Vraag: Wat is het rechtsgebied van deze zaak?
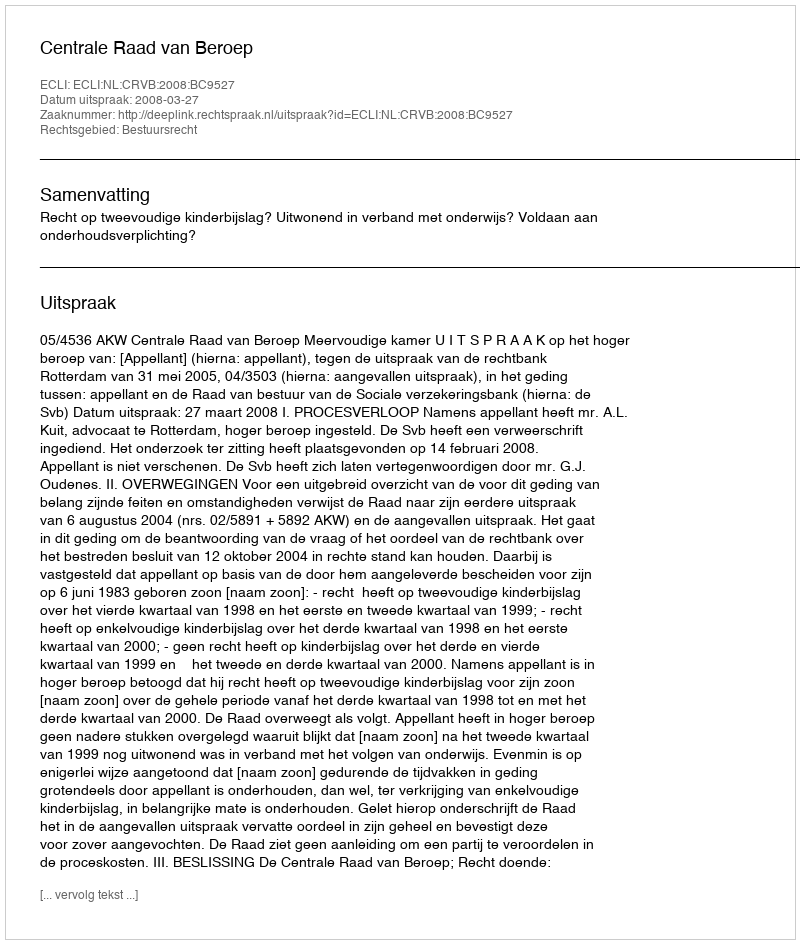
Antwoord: Bestuursrecht